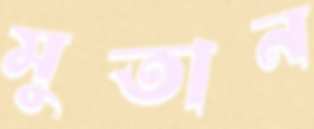
মুতান